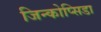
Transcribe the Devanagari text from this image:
जिन्कोप्सिडा